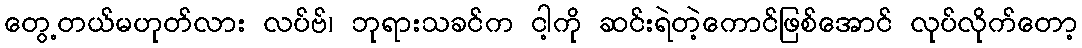
တွေ့တယ်မဟုတ်လား လပ်ဗ်၊ ဘုရားသခင်က ငါ့ကို ဆင်းရဲတဲ့ကောင်ဖြစ်အောင် လုပ်လိုက်တော့